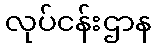
လုပ်ငန်းဌာန